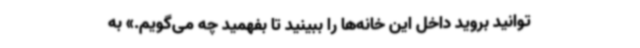
توانید بروید داخل این خانه‌ها را ببینید تا بفهمید چه می‌گویم.» به